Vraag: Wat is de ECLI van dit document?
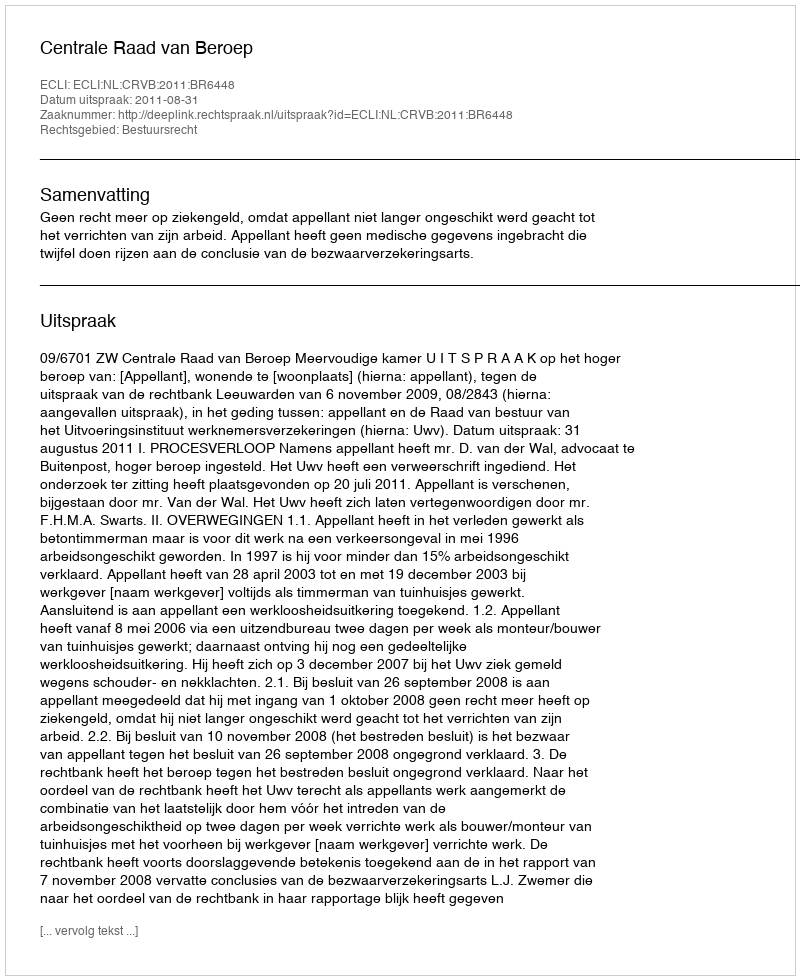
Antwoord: ECLI:NL:CRVB:2011:BR6448